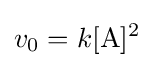
v_{0}=k[{\ce {A}}]^{2}